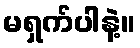
မရှက်ပါနဲ့။